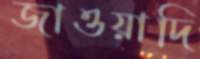
জাওয়াদি